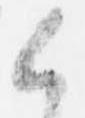
候